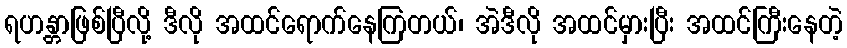
ရဟန္တာဖြစ်ပြီလို့ ဒီလို အထင်ရောက်နေကြတယ်၊ အဲဒီလို အထင်မှားပြီး အထင်ကြီးနေတဲ့